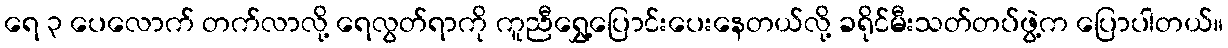
ရေ ၃ ပေလောက် တက်လာလို့ ရေလွတ်ရာကို ကူညီရွှေ့ပြောင်းပေးနေတယ်လို့ ခရိုင်မီးသတ်တပ်ဖွဲ့က ပြောပါတယ်။